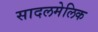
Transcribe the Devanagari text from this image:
सादलमेलिक